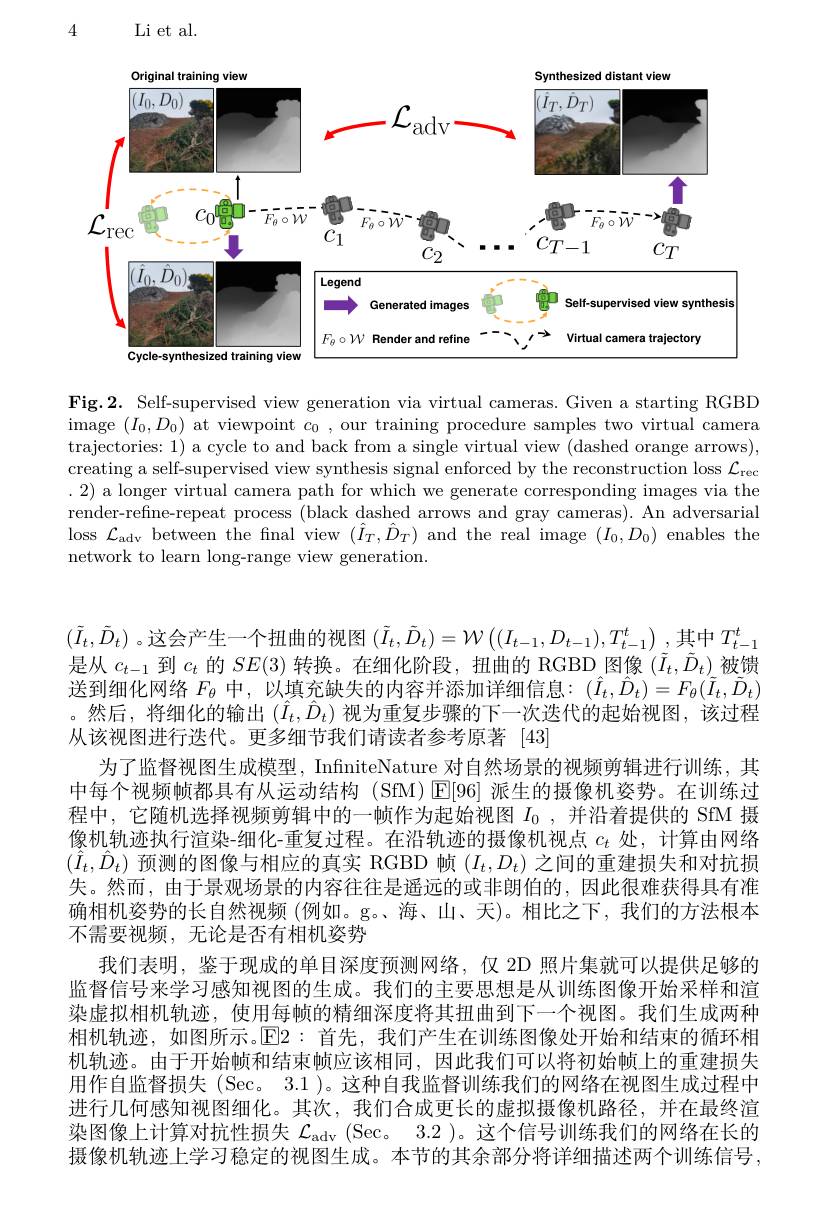
4

Li et al.

<FigureHere>

Fig.2. Self-supervised view generation via virtual cameras. Given a starting RGBD image $(I_0,D_0)$ at viewpoint $c_0$, our training procedure samples two virtual camera trajectories: 1) a cycle to and back from a single virtual view (dashed orange arrows), creating a self-supervised view synthesis signal enforced by the reconstruction loss $\mathcal{L}_\mathrm{rec}$ .2) a longer virtual camera path for which we generate corresponding images via the render-refine-repeat process (black dashed arrows and gray cameras). An adversarial loss $\mathcal{L}_{\mathrm{adv}}$ between the final view $(\hat{I}_T,\hat{D}_T)$ and the real image $(I_0,D_0)$ enables the network to learn long-range view generation.

$(\tilde{I}_{t},\tilde{D}_{t})$。这会产生一个扭曲的视图 $(\tilde{I}_{t},\tilde{D}_{t})=\mathcal{W}\left((I_{t-1},D_{t-1}),T_{t-1}^{t}\right)$,其中$T_t-1^{t}$ 是从$c_{t-1}$到$c_t$的$SE(3)$转换。在细化阶段，扭曲的 RGBD 图像$(\tilde{I}_{t},\tilde{D}_{t})$被馈送到细化网络$F_{\theta}$中，以填充缺失的内容并添加详细信息：($\hat{I}_{t},\hat{D}_{t})=F_{\theta}(\tilde{I}_{t},\tilde{D}_{t})$ 。然后，将细化的输出$(\hat{I}_t,\hat{D}_t)$视为重复步骤的下一次迭代的起始视图，该过程从该视图进行迭代。更多细节我们请读者参考原著[43]
为了监督视图生成模型，InfiniteNature 对自然场景的视频剪辑进行训练，其中每个视频帧都具有从运动结构(SfM)$\operatorname{E}[96]$派生的摄像机姿势。在训练过程中，它随机选择视频剪辑中的一帧作为起始视图$I_0$ , 并沿着提供的 SfM 摄像机轨迹执行渲染-细化-重复过程。在沿轨迹的摄像机视点$c_t$处，计算由网络$(\hat{I}_t,\hat{D}_t)$预测的图像与相应的真实 RGBD 帧$(I_t,D_t)$之间的重建损失和对抗损失。然而，由于景观场景的内容往往是遥远的或非朗伯的，因此很难获得具有准确相机姿势的长自然视频 (例如。g。海、山、天)。相比之下，我们的方法根本不需要视频，无论是否有相机姿势
我们表明，鉴于现成的单目深度预测网络，仅 2D 照片集就可以提供足够的监督信号来学习感知视图的生成。我们的主要思想是从训练图像开始采样和渲染虚拟相机轨迹，使用每帧的精细深度将其扭曲到下一个视图。我们生成两种相机轨迹，如图所示。$\mathbb{E}2:$首先，我们产生在训练图像处开始和结束的循环相机轨迹。由于开始帧和结束帧应该相同，因此我们可以将初始帧上的重建损失用作自监督损失(Sec。3.1)。这种自我监督训练我们的网络在视图生成过程中进行几何感知视图细化。其次，我们合成更长的虚拟摄像机路径，并在最终渲染图像上计算对抗性损失$\mathcal{L} _\mathrm{adv}$ ( Sec。3. 2 ) 。这 个 信 号 训 练 我 们 的 网 络 在 长 的 摄像机轨迹上学习稳定的视图生成。本节的其余部分将详细描述两个训练信号，